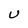
Character: U